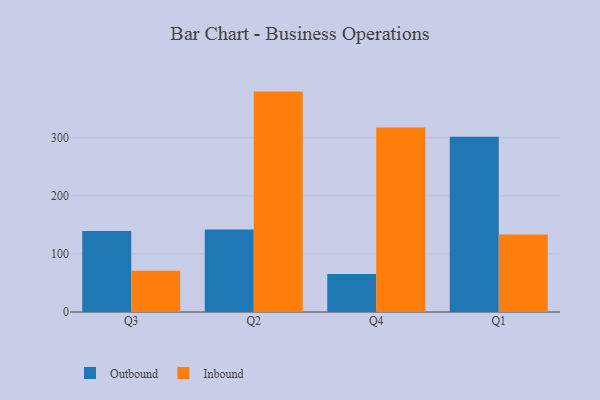
{"axis": {"x": "Quarter", "y": "LTV (USD)"}, "legend": ["Inbound", "Outbound"], "data": [{"x": "Q3", "y": 139.4, "type": "Outbound"}, {"x": "Q3", "y": 70.8, "type": "Inbound"}, {"x": "Q2", "y": 141.8, "type": "Outbound"}, {"x": "Q2", "y": 379.3, "type": "Inbound"}, {"x": "Q4", "y": 65.3, "type": "Outbound"}, {"x": "Q4", "y": 317.7, "type": "Inbound"}, {"x": "Q1", "y": 301.5, "type": "Outbound"}, {"x": "Q1", "y": 133.4, "type": "Inbound"}]}